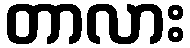
တာလား